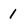
Character: 1